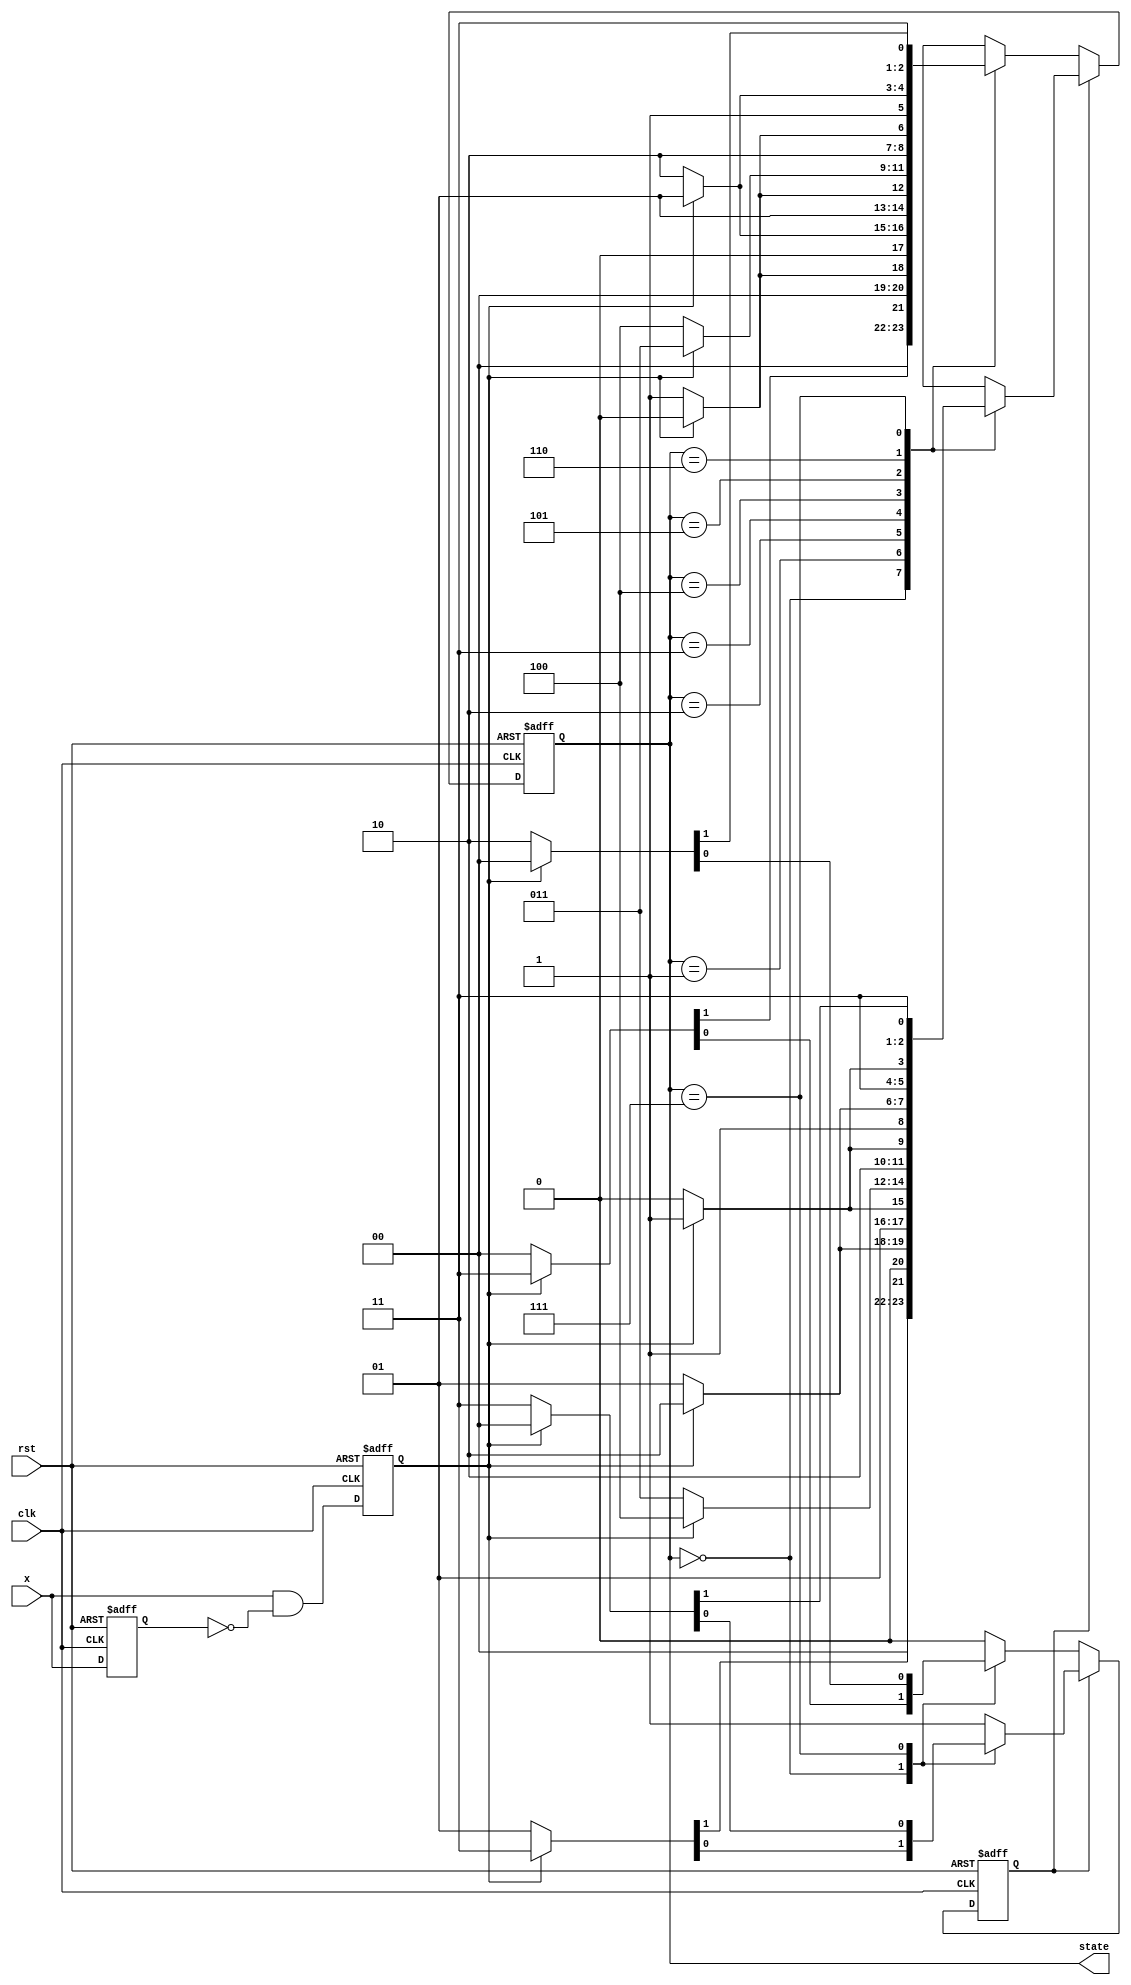
module updowncounter(clk,rst,x,state);

input clk,rst;
input x;
reg x_reg,x_trig,count;
output reg[2:0] state;

always @(negedge rst or posedge clk)begin
    if(!rst)begin  
        {x_reg,x_trig}<=2'b00;
    end
    else begin
        x_reg<=x;
        x_trig<=x&~x_reg;
    end
end 

always @(negedge rst or posedge clk)begin
    if(!rst)
    begin state<=3'b000;count<=1; end
    else if(count==1)begin //upcount_when count==1
        case(state)
            3'b000:{state,count}<=x_trig?4'b0011:4'b0001;
            3'b001:state<=x_trig?3'b010:3'b001;
            3'b010:state<=x_trig?3'b011:3'b010;
            3'b011:state<=x_trig?3'b100:3'b011;
            3'b100:state<=x_trig?3'b101:3'b100;
            3'b101:state<=x_trig?3'b110:3'b101;
            3'b110:state<=x_trig?3'b111:3'b110;
            3'b111:{state,count}<=x_trig?4'b1100:4'b1111;
        endcase
    end
    else begin //downcount_when count==0
        case(state)
            3'b000:{state,count}<=x_trig?4'b0011:4'b0000;
            3'b001:state<=x_trig?3'b000:3'b001;
            3'b010:state<=x_trig?3'b001:3'b010;
            3'b011:state<=x_trig?3'b010:3'b011;
            3'b100:state<=x_trig?3'b011:3'b100;
            3'b101:state<=x_trig?3'b100:3'b101;
            3'b110:state<=x_trig?3'b101:3'b110;
            3'b111:{state,count}<=x_trig?4'b1100:4'b1110;
        endcase
    end

end    
    
    
endmodule